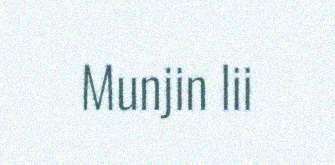
Munjin lii